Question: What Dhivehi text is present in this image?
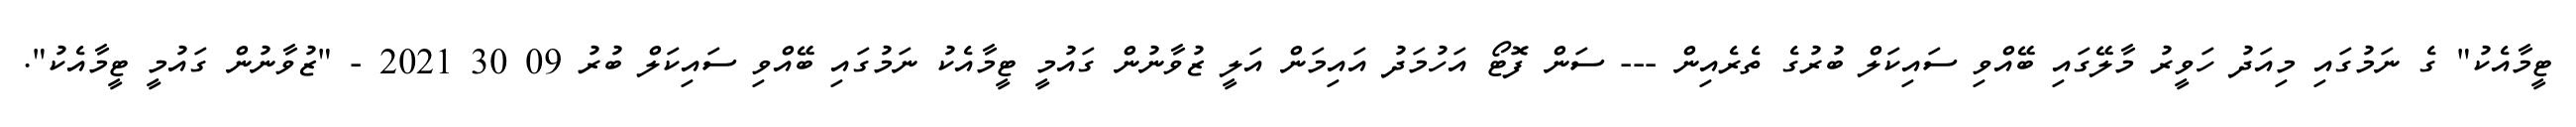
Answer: ޓީމާއެކު" ގެ ނަމުގައި މިއަދު ހަވީރު މާލޭގައި ބޭއްވި ސައިކަލް ބުރުގެ ތެރެއިން --- ސަން ފޮޓޯ އަހުމަދު އައިމަން އަލީ ޒުވާނުން ގައުމީ ޓީމާއެކު ނަމުގައި ބޭއްވި ސައިކަލް ބުރު 09 30 2021 - "ޒުވާނުން ގައުމީ ޓީމާއެކު".